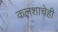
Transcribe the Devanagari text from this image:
कलशाचेही